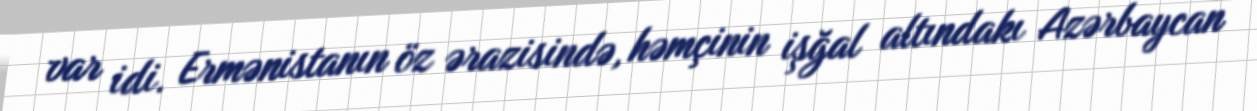
var idi. Ermənistanın öz ərazisində, həmçinin işğal altındakı Azərbaycan